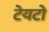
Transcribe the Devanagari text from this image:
टेयटो